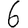
Digit: 6